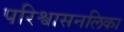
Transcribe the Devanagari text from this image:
परिश्वासनलिका